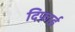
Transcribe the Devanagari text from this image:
दिफ़ाई